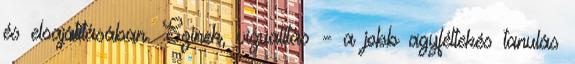
és elsajátításában. Színek, vizualitás – a jobb agyféltekés tanulás